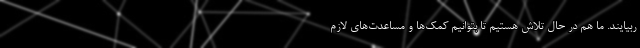
ربیایند. ما هم در حال تلاش هستیم تا بتوانیم کمک‌ها و مساعدت‌های لازم